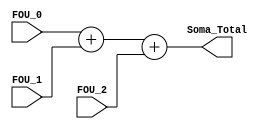
module soma_total(FOU_0, FOU_1, FOU_2, Soma_Total);
input [8:0] FOU_0, FOU_1, FOU_2;
output [10:0] Soma_Total;					//quantidade de bits alterada dia 19/11

//wire [7:0] somatotal;

assign Soma_Total = FOU_0[8:0] + FOU_1[8:0] + FOU_2[8:0];

//assign Soma_Total = {somatotal,8'd0};

endmodule